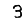
Digit: 3